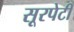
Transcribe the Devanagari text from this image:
सूरपेटी